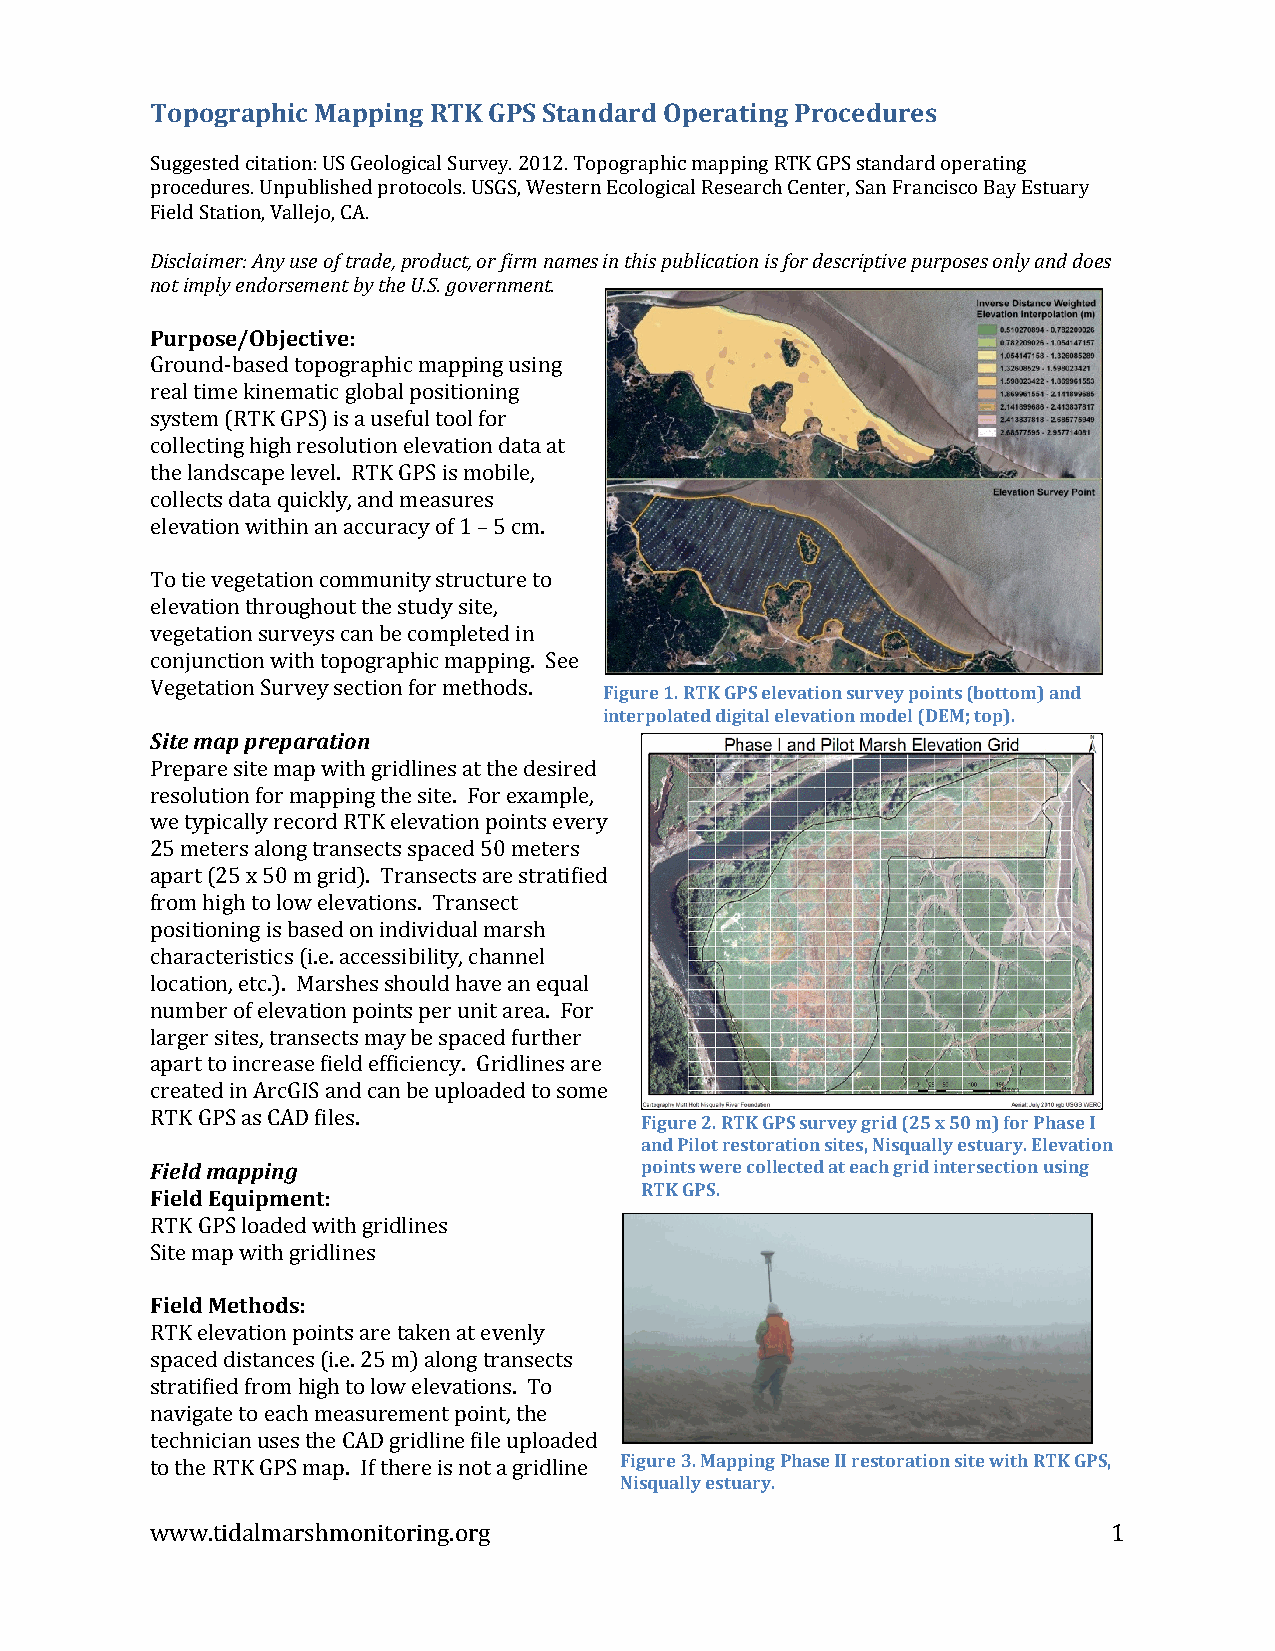
Topographic Mapping RTK GPS Standard Operating Procedures
 Suggested citation: US Geological Survey. 2012. Topographic mapping RTK GPS standard operating
 procedures. Unpublished protocols. USGS, Western Ecological Research Center, San Francisco Bay Estuary
 Field Station, Vallejo, CA.
 Disclaimer: Any use of trade, product, or firm names in this publication is for descriptive purposes only and does
 not imply endorsement by the U.S. government.
 Purpose/Objective:
 Ground-based topographic mapping using
 real time kinematic global positioning
 system (RTK GPS) is a useful tool for
 collecting high resolution elevation data at
 the landscape level. RTK GPS is mobile,
 collects data quickly, and measures
 elevation within an accuracy of 1 – 5 cm.
 To tie vegetation community structure to
 elevation throughout the study site,
 vegetation surveys can be completed in
 conjunction with topographic mapping. See
 Vegetation Survey section for methods.
 Figure 1. RTK GPS elevation survey points (bottom) and
 interpolated digital elevation model (DEM; top).
 Site map preparation
 Prepare site map with gridlines at the desired
 resolution for mapping the site. For example,
 we typically record RTK elevation points every
 25 meters along transects spaced 50 meters
 apart (25 x 50 m grid). Transects are stratified
 from high to low elevations. Transect
 positioning is based on individual marsh
 characteristics (i.e. accessibility, channel
 location, etc.). Marshes should have an equal
 number of elevation points per unit area. For
 larger sites, transects may be spaced further
 apart to increase field efficiency. Gridlines are
 created in ArcGIS and can be uploaded to some
 RTK GPS as CAD files.
 Figure 2. RTK GPS survey grid (25 x 50 m) for Phase I
 and Pilot restoration sites, Nisqually estuary. Elevation
 Field mapping                   points were collected at each grid intersection using
 RTK GPS.
 Field Equipment:
 RTK GPS loaded with gridlines
 Site map with gridlines
 Field Methods:
 RTK elevation points are taken at evenly
 spaced distances (i.e. 25 m) along transects
 stratified from high to low elevations. To
 navigate to each measurement point, the
 technician uses the CAD gridline file uploaded
 to the RTK GPS map. If there is not a gridline Figure 3. Mapping Phase II restoration site with RTK GPS,
 Nisqually estuary.
 www.tidalmarshmonitoring.org                                    1